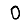
Digit: 0